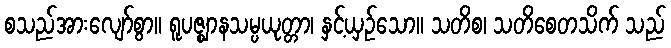
စသည်အားလျော်စွာ။ ရူပဇ္ဈာနသမ္ပယုတ္တာ၊ နှင့်ယှဉ်သော။ သတိစ၊ သတိစေတသိက် သည်